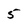
Character: 5